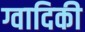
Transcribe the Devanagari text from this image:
ग्वादिकी